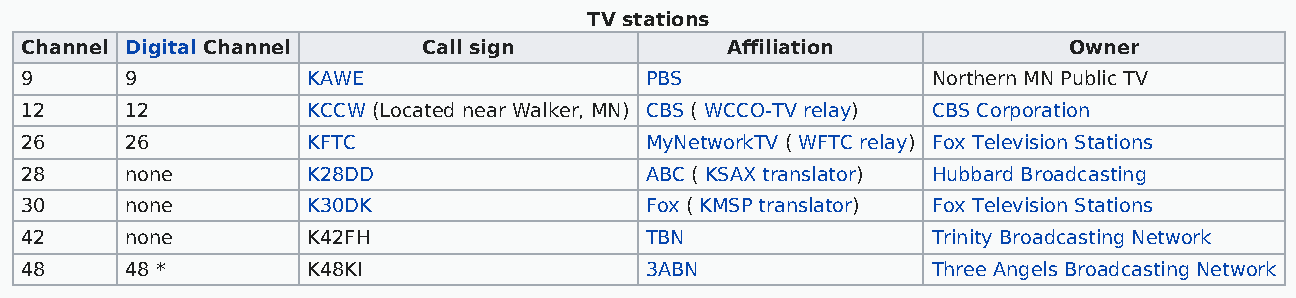
TV stations
 Channel Digital Channel    Call sign           Affiliation            Owner
 9      9           KAWE                   PBS                Northern MN Public TV
 12     12          KCCW (Located near Walker, MN) CBS ( WCCO-TV relay) CBS Corporation
 26     26          KFTC                   MyNetworkTV ( WFTC relay) Fox Television Stations
 28     none        K28DD                  ABC ( KSAX translator) Hubbard Broadcasting
 30     none        K30DK                  Fox ( KMSP translator) Fox Television Stations
 42     none        K42FH                  TBN                Trinity Broadcasting Network
 48     48 *        K48KI                  3ABN               Three Angels Broadcasting Network